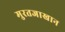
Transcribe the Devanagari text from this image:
मुरतजाखान